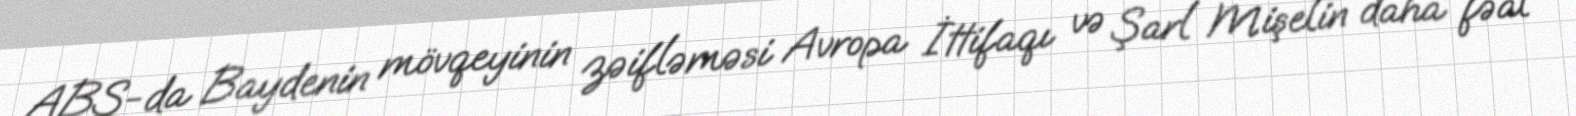
ABŞ-da Baydenin mövqeyinin zəifləməsi Avropa İttifaqı və Şarl Mişelin daha fəal